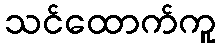
သင်ထောက်ကူ